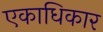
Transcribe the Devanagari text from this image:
एकाधिकार